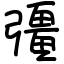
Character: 彊